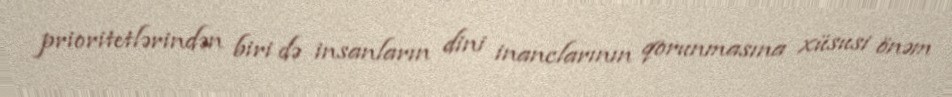
prioritetlərindən biri də insanların dini inanclarının qorunmasına xüsusi önəm